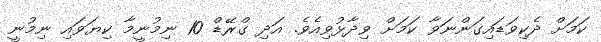
ކަމަށް ދެކިވަޑައިގަންނަވާ ކަމަށް ވިދާޅުވިއެވެ. އަދި ގްރޭޑް 10 ނިމުނީމާ ކިޔަވައި ނިމުނީ